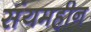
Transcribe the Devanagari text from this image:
संयमहीन